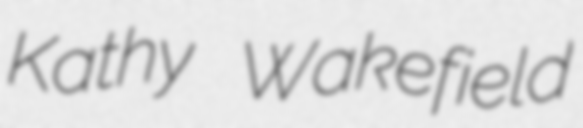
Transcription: Kathy Wakefield